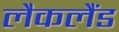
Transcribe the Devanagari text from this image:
लैकलैंड